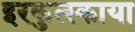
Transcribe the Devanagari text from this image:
इरकुत्स्काया